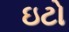
ઇટો